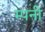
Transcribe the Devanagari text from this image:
म्पनी